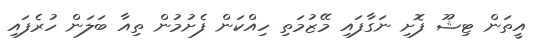
އީތަން ޓިޝޫ ފޮށި ނަގާފައި މޭޒުމަތި ހިއްކަން ފެށުމުން ތިއާ ބަލަން ހުރެފައި